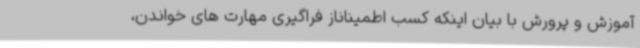
آموزش و پرورش با بیان اینکه کسب اطمیناناز فراگیری مهارت های خواندن،